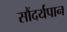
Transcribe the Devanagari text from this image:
सौंदर्यपान